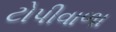
ટોપીવાળા